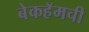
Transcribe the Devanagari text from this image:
बेकहॅमची